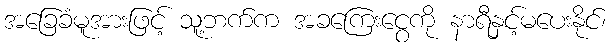
အခြေခံမူအားဖြင့် သူ့ဘက်က အခကြေးငွေကို နာရီနှင့်မပေးနိုင်၊